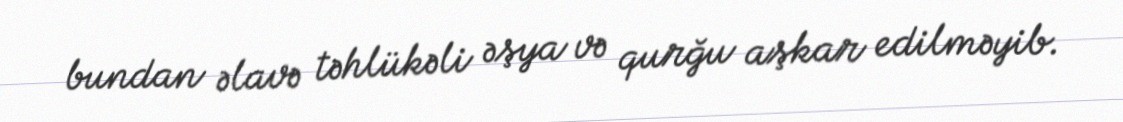
bundan əlavə təhlükəli əşya və qurğu aşkar edilməyib.